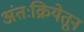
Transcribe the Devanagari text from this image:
अंतःक्रियेतून